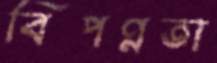
বিপণ্নতা